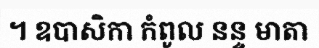
។ ឧបាសិកា កំពូល នន្ទ មាតា